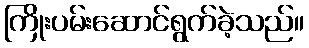
ကြိုးပမ်းဆောင်ရွက်ခဲ့သည်။